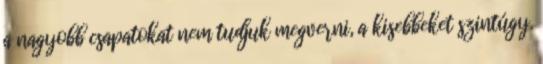
a nagyobb csapatokat nem tudjuk megverni, a kisebbeket szintúgy.